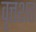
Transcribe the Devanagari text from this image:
वृत्तशत